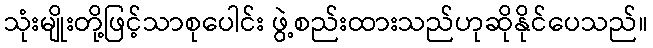
သုံးမျိုးတို့ဖြင့်သာစုပေါင်း ဖွဲ့စည်းထားသည်ဟုဆိုနိုင်ပေသည်။